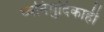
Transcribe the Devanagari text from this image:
ध्वनिमुदिकाही